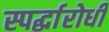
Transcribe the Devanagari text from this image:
स्पर्द्धारोधी